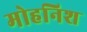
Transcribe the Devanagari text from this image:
मोहनिश